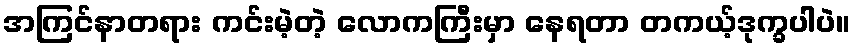
အကြင်နာတရား ကင်းမဲ့တဲ့ လောကကြီးမှာ နေရတာ တကယ့်ဒုက္ခပါပဲ။